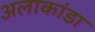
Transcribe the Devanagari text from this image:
अलाकांडा